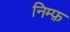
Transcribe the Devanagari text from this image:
निम्फ़